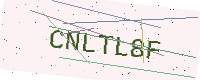
Text: CNLTL8F